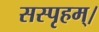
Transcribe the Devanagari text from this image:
सस्पृहम्।